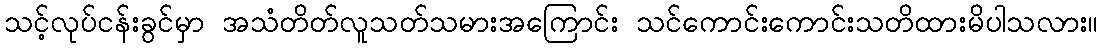
သင့်လုပ်ငန်းခွင်မှာ အသံတိတ်လူသတ်သမားအကြောင်း သင်ကောင်းကောင်းသတိထားမိပါသလား။